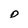
Character: D